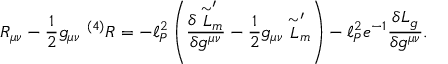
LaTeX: R _ { \mu \nu } - { \frac { 1 } { 2 } } g _ { \mu \nu } ~ ^ { ( 4 ) } R = - \ell _ { P } ^ { 2 } \left( \frac { \delta \stackrel { \sim } { \cal L } _ { m } ^ { \prime } } { \delta g ^ { \mu \nu } } - { \frac { 1 } { 2 } } g _ { \mu \nu } \stackrel { \sim } { \cal L } _ { m } ^ { \prime } \right) - \ell _ { P } ^ { 2 } e ^ { - 1 } \frac { \delta { \cal L } _ { g } } { \delta g ^ { \mu \nu } } .